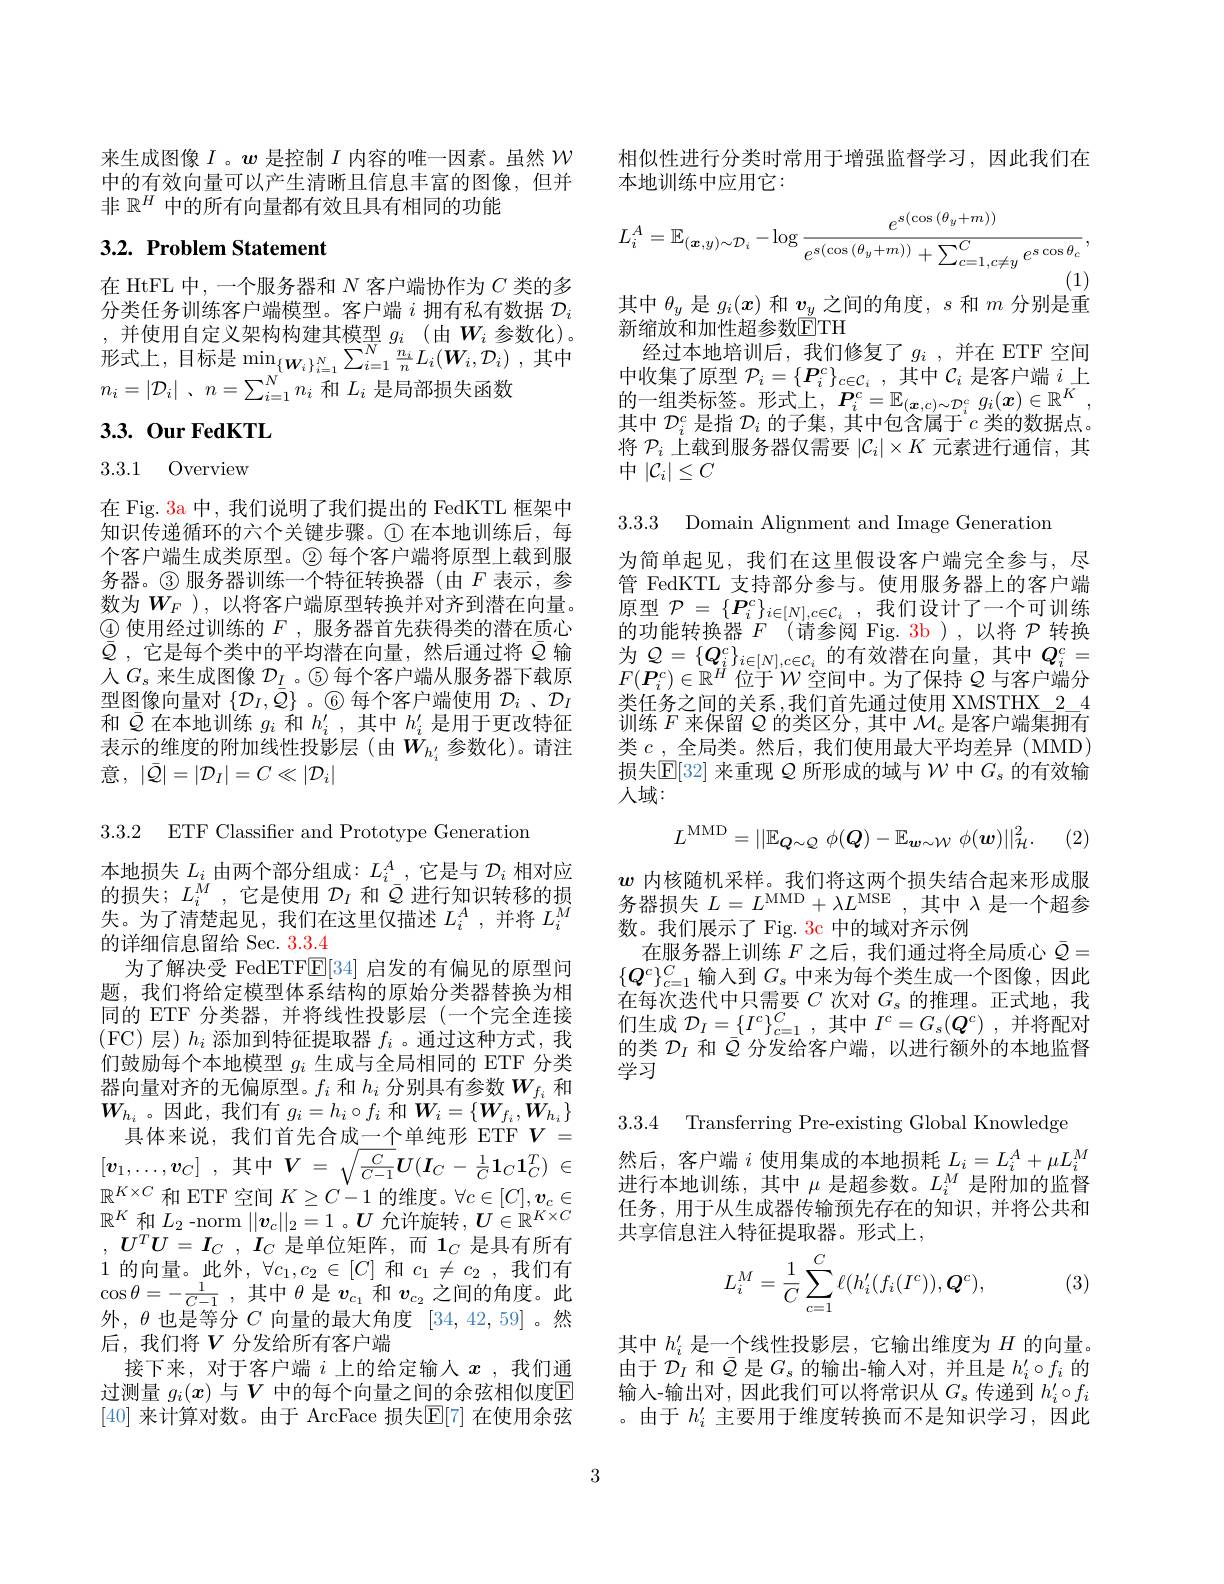
来生成图像$I$ 。$w$是控制$I$内容的唯一因素。虽然$\mathcal{W}$ 中的有效向量可以产生清晰且信息丰富的图像，但并非$\mathbb{R}^H$中的所有向量都有效且具有相同的功能

## 3.2. Problem Statement

在 HtFL 中，一个服务器和$N$客户端协作为$C$类的多分类任务训练客户端模型。客户端$i$拥有私有数据$\mathcal{D}_i$ ,并使用自定义架构构建其模型$g_i$(由 $W_i$ 参数化)。形式上，目标是$\operatorname* { min} _{N}\{ W_{i}\} _{i= 1}^{N}\sum _{i= 1}^{N}\frac {n_{i}}nL_{i}( W_{i}, \mathcal{D} _{i})$ ,其中$n_i= | \mathcal{D} _i|$ , $n= \sum _{i= 1}^Nn_i$和$L_i$是局部损失函数

# 3.3. Our FedKTL

## 3.3.1 Overview

在 Fig. 3a 中，我们说明了我们提出的 FedKTL 框架中知识传递循环的六个关键步骤。$\textcircled{1}在本地训练后，每$ 个客户端生成类原型。$\textcircled{2}$每个客户端将原型上载到服务器。$\textcircled 3 服务器训练一个特征转换器(由 F 表示，参$ 数为$\bar{W_F}$ ), 以将客户端原型转换并对齐到潜在向量。$\textcircled{4}\underline{\textcircled{4}}$使用经过训练的 $F$, 服务器首先获得类的潜在质心$\bar{\bar{Q}}$ ,它是每个类中的平均潜在向量，然后通过将$\bar{Q}$输人$G_s$来生成图像$\mathcal{D}_I$ 。$\textcircled{5}$每个客户端从服务器下载原型图像向量对$\{\mathcal{D}_I,\bar{\bar{Q}}\}$ 。6 每个客户端使用$\mathcal{D}_i$ 、$\mathcal{D}_I$ 和$\bar{Q}$在本地训练$g_i$和$h_i^\prime$,其中$h_i^\prime$是用于更改特征表示的维度的附加线性投影层(由$\dot{W}_{h_i^{\prime}}$参数化)。请注意，$|\bar{Q}|=|\mathcal{D}_I|=C\ll|\mathcal{D}_i|$

3.3.2 ETF Classifier and Prototype Generation
本地损失$L_i$由两个部分组成$:L_i^A$,它是与$\mathcal{D}_i$相对应的损失；$L_i^M$ ,它是使用$\mathcal{D}_I$和$\bar{Q}$进行知识转移的损失。为了清楚起见，我们在这里仅描述$L_i^A$,并将$L_i^M$ 的详细信息留给 Sec. 3.3.4
为了解决受 FedETF$\mathbb{E}[34]$启发的有偏见的原型问题，我们将给定模型体系结构的原始分类器替换为相同的 ETF 分类器，并将线性投影层 (一个完全连接(FC)层)$h_i$添加到特征提取器$f_i$ 。通过这种方式，我们鼓励每个本地模型$g_i$生成与全局相同的 ETF 分类器向量对齐的无偏原型。$f_i$和$h_i$分别具有参数$W_{f_i}$和$W_{h_i}$ 。因此，我们有$g_i=h_i\circ f_i$和$W_i=\{\boldsymbol{W}_f_i,\ddot{W}_{h_i}\}$
具体来说，我们首先合成一个单纯形 ETF $V=$ $[ v_1, \ldots , v_C]$ ,其中$V= \sqrt {\frac C{C- 1}}U( \boldsymbol{I}_C- \frac 1C\mathbf{1} _C\mathbf{1} _C^T)$ $\in$ $\mathbb{R}^{K\times C}$和 ETF 空间$K\geq C-1$的维度。$\forall c\in[C],\boldsymbol v_c\in$ $\mathbb{R}^K$和$L_2$ -norm $||\boldsymbol v_c||_2=1$ 。$U$允许旋转$,\boldsymbol U\in\mathbb{R}^K\times C$ , $U^{T}U= I_{C}$ , $I_{C}$ 是单位矩阵，而$1_C$ 是具有所有1的向量。此外，$\forall c_1,c_2\in[C]$和$c_1\neq c_2$,我们有$\cos \theta = - \frac 1{C- 1}$ ,其中$\theta$是$v_{c_1}$和$v_{c_2}$之间的角度。此外，$\theta$也是等分$C$向量的最大角度[34,42,59] 。然后，我们将$V$分发给所有客户端
接下来，对于客户端$i$上的给定输人$x$ ,我们通过测量$g_i(x)$与$V$中的每个向量之间的余弦相似度E [40] 来计算对数。由于 ArcFace 损失$\mathbb{E}[7]$ 在使用余弦

相似性进行分类时常用于增强监督学习，因此我们在
本地训练中应用它：
$$L_{i}^{A}=\mathbb{E}_{(\boldsymbol{x},y)\sim\mathcal{D}_{i}}-\log\frac{e^{s(\cos{(\theta_{y}+m)})}}{e^{s(\cos{(\theta_{y}+m)})}+\sum_{c=1,c\neq y}^{C}e^{s\cos{\theta_{c}}}},$$
其中$\theta_y$是$g_i(x)$和$v_y$之间的角度，$s$和$m$分别是重

新缩放和加性超参数ETH
经过本地培训后，我们修复了$g_i$ ,并在 ETF 空间中收集了原型 $\mathcal{P}_i=\{\boldsymbol{P}_i^c\}_{c\in\mathcal{C}_i}$,其中 $\mathcal{C}_i$ 是客户端 $i$上的一组类标签。形式上，$P_i^c= \mathbb{E} _{( \boldsymbol{x}, c) \sim \mathcal{D} _i^c}$ $g_i( \boldsymbol{x}) \in \mathbb{R} ^K$ , 其中$\mathcal{D}_i^c$是指$\mathcal{D}_i$的子集，其中包含属于$c$类的数据点。将$\mathcal{P}_i$上载到服务器仅需要$|\mathcal{C}_i|\times K$元素进行通信，其中$\left|\mathcal{C}_i\right|\leq C$

3.3.3 Domain Alignment and Image Generation

为简单起见，我们在这里假设客户端完全参与，尽管 FedKTL 支持部分参与。使用服务器上的客户端原型$\mathcal{P}=\{\boldsymbol{P}_i^c\}_{i\in[N],c\in\mathcal{C}_i}$,我们设计了一个可训练的功能转换器$F$ (请参阅 Fig. 3b),以将$\mathcal{P}$转换$F(\boldsymbol{P}_i^c)\in\mathbb{R}^H$位于$\mathcal{W}$空间中。为了保持$Q$ 与客户端分类任务之间的关系，我们首先通过使用 XMSTHX\_24训练$F$来保留$Q$的类区分，其中$\mathcal{M}_c$是客户端集拥有类$c$,全局类。然后，我们使用最大平均差异(MMD) 损失$\mathbb{E}[32]$来重现$\varrho$所形成的域与$\mathcal{W}$中$G_s$的有效输人域：
$$L^{\mathrm{MMD}}=||\mathbb{E}_{\boldsymbol{Q}\sim\mathcal{Q}}\:\phi(\boldsymbol{Q})-\mathbb{E}_{\boldsymbol{w}\sim\mathcal{W}}\:\phi(\boldsymbol{w})||_{\mathcal{H}}^2.$$
(2)

$w$内核随机采样。我们将这两个损失结合起来形成服务器损失$L=L^\mathrm{MMD}+\lambda L^\mathrm{MSE}$,其中$\lambda$是一个超参数。我们展示了 Fig. 3c 中的域对齐示例
在服务器上训练$F$之后，我们通过将全局质心$\bar{Q}=$ $\{Q^c\}_{c=1}^C$输入到$G_s$ 中来为每个类生成一个图像，因此在每次迭代中只需要$C$次对$G_s$的推理。正式地，我们生成$\mathcal{D}_I=\{I^c\}_{c=1}^C$,其中$I^c=G_s(Q^c)$,并将配对的类$\mathcal{D}_I$和$\bar{Q}$分发给客户端，以进行额外的本地监督学习

3.3.4 Transferring Pre-existing Global Knowledge

然后，客户端$i$使用集成的本地损耗$L_i=L_i^A+\mu L_i^M$ 进行本地训练，其中$\mu$是超参数。$L_i^M$是附加的监督

任务，用于从生成器传输预先存在的知识，并将公共和
共享信息注人特征提取器。形式上，
$$L_i^M=\frac{1}{C}\sum_{c=1}^C\ell(h_i'(f_i(I^c)),\boldsymbol{Q}^c),$$
(3)

其中$h_i^{\prime}$是一个线性投影层，它输出维度为$H$的向量。由于$D_I$和$\bar{Q}$是$G_\mathrm{s}$的输出-输人对，并且是$h_i^\prime\circ f_i$的输入-输出对，因此我们可以将常识从$G_s$传递到$h_i^\prime\circ f_i$ 。由于$h_i^{\prime}$主要用于维度转换而不是知识学习，因此

3